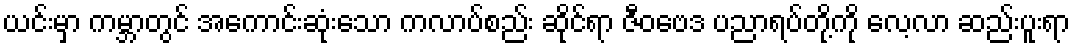
ယင်းမှာ ကမ္ဘာတွင် အကောင်းဆုံးသော ကလာပ်စည်း ဆိုင်ရာ ဇီဝဗေဒ ပညာရပ်တို့ကို လေ့လာ ဆည်းပူးရာ